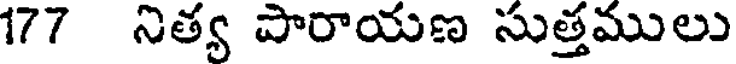
177 నిత్య పారాయణ సుత్తములు